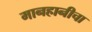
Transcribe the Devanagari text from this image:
मानहानीचा